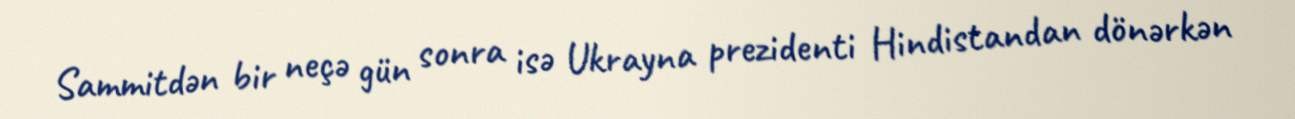
Sammitdən bir neçə gün sonra isə Ukrayna prezidenti Hindistandan dönərkən